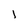
Character: 1